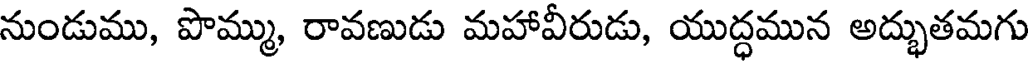
నుండుము, పొమ్ము, రావణుడు మహావీరుడు, యుద్ధమున అద్భుతమగు